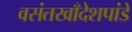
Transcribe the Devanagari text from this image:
वसंतखाँदेशपांडे